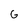
Character: G